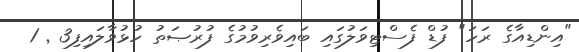
"އިންޑިއާގެ ރަހަ" ފުޑް ފެސްޓިވަލުގައި ބައިވެރިވުމުގެ ފުރުޞަތު ހުޅުވާލައިފި3